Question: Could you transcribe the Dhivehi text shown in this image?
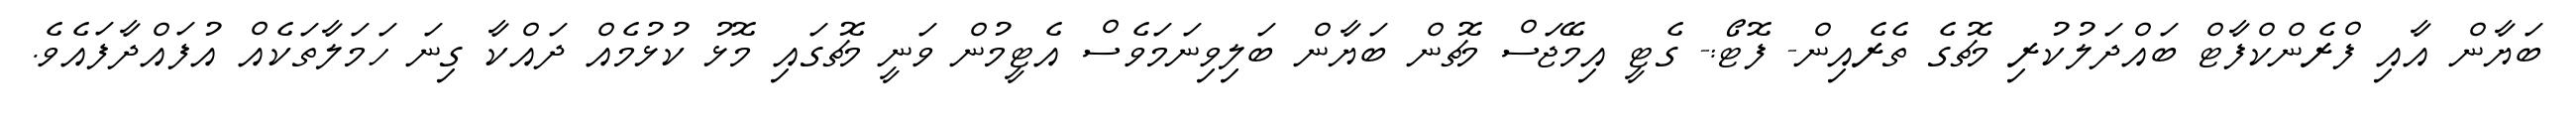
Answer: ބަޔާން އާއި ފްރެންކްފާޓް ބައްދަލުކުރި މެޗުގެ ތެރެއިން- ފޮޓޯ:- ގެޓީ އިމޭޖަސް މެޗުން ބަޔާން ބަލިވިނަމަވެސް އެޓީމުން ވަނީ މެޗުގައި މޮޅު ކުޅުމެއް ދައްކާ ގިނަ ހަމަލާތަކެއް އުފައްދާފައެވެ.